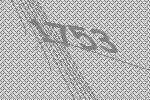
1753